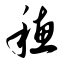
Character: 穗